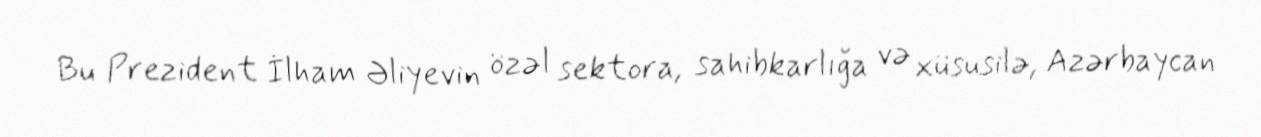
Bu Prezident İlham Əliyevin özəl sektora, sahibkarlığa və xüsusilə, Azərbaycan